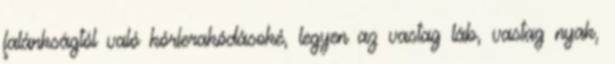
falánkságtól való kórlerakódásoké, legyen az vastag láb, vastag nyak,